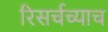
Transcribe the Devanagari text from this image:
रिसर्चच्याच